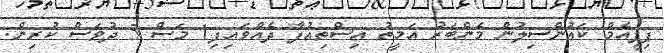
ޕިޕީއެމް ކައުންސިލުން މެންބަރު އަމީތު އިސްތިއުފާ ދެއްވައިފި1 މަސް 5 ދުވަސް ކުރިން.